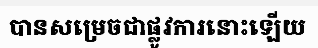
បានសម្រេចជាផ្លូវការនោះឡើយ